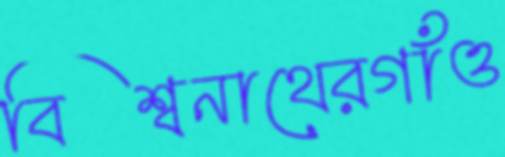
বিশ্বনাথেরগাঁও